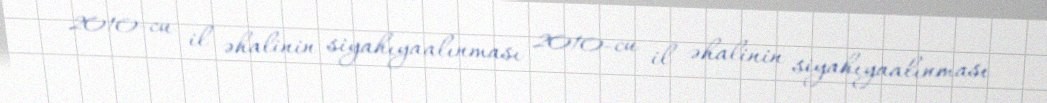
2010-cu il əhalinin siyahıyaalınması 2010-cu il əhalinin siyahıyaalınması